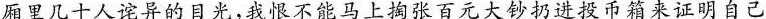
厢里几十人诧异的目光，我恨不能马上掏张百元大钞扔进投币箱来证明自己